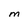
Character: m